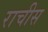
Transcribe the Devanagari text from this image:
राचीस